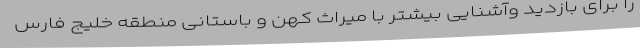
را برای بازدید وآشنایی بیشتر با میراث کهن و باستانی منطقه خلیج فارس